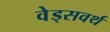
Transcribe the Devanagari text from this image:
वेड्सवर्थ